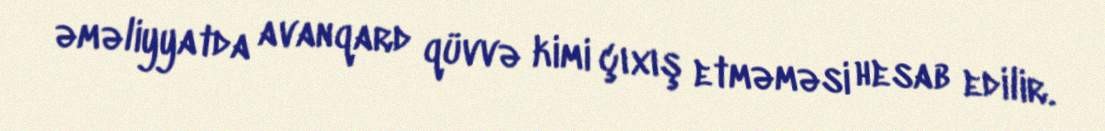
əməliyyatda avanqard qüvvə kimi çıxış etməməsi hesab edilir.